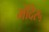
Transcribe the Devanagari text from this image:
मंदिर५